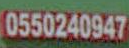
0550240947